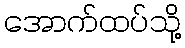
အောက်ထပ်သို့